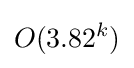
O(3.82^{k})